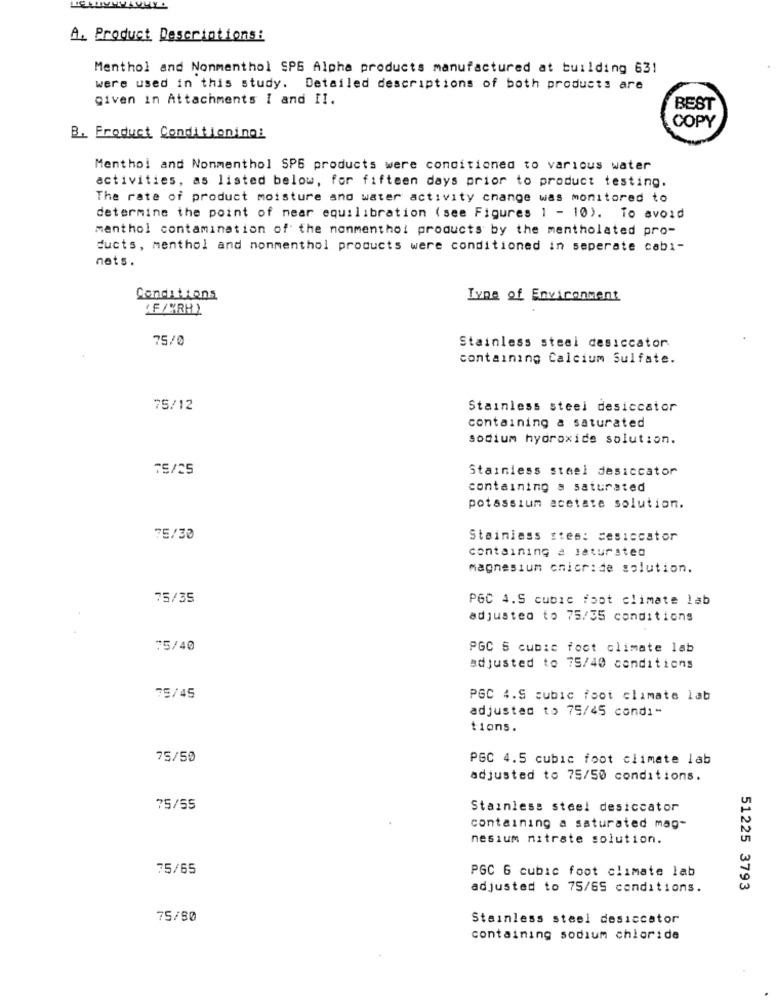
A. Product Descriptions:
Menthol and Nonmenthol SPS Alpha products manufactured at building 631
were used in this study. Detailed descriptions of both products are
given in Attachments I and II.
BEST
COPY
B. Product Conditioning:
Menthol and Nonmenthol SP6 products were conditioned to various water
activities, as listed below, for fifteen days prior to product testing.
The rate of product moisture and water activity change was monitored to
determine the point of near equilibration (see Figures 1 - 10). To avoid
menthol contamination of the nonmenthol products by the mentholated pro-
ducts, menthol and nonmenthol products were conditioned in seperate cabi-
nets.
Conditions
Type of Environment
(F/MRH )
75/0
Stainless steel desiccator
containing Calcium Sulfate.
75/12
Stainless steel desiccator
containing a saturated
sodium hydroxide solution.
75/25
Stainless steel desiccator
containing a saturated
potassium acetate solution.
75/30
Stainless stes: cesiccator
containing a jatursted
magnesium cnicride solution.
75/35
PGC 4.5 cubic foot climate lab
adjusted to 75/35 conditions
75/40
PGC S cubic foot climate lab
adjusted to 75/40 conditions
75/45
PGC 4.S cubic foot climate lab
adjusted to 75/45 condi-
tions.
75/50
PGC 4.5 cubic foot climate lab
adjusted to 75/50 conditions.
75/55
Stainless steel desiccator
containing a saturated mag-
nesium nitrate solution.
75/65
PGC 6 cubic foot climate lab
adjusted to 75/65 conditions.
51225 3793
75/50
Stainless steel desiccator
containing sodium chloride